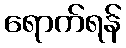
ရောက်ရန်